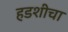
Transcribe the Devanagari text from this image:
हडशीचा